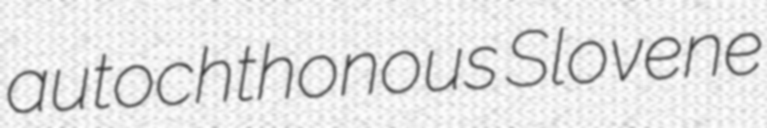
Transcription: autochthonous Slovene